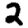
Digit: 2